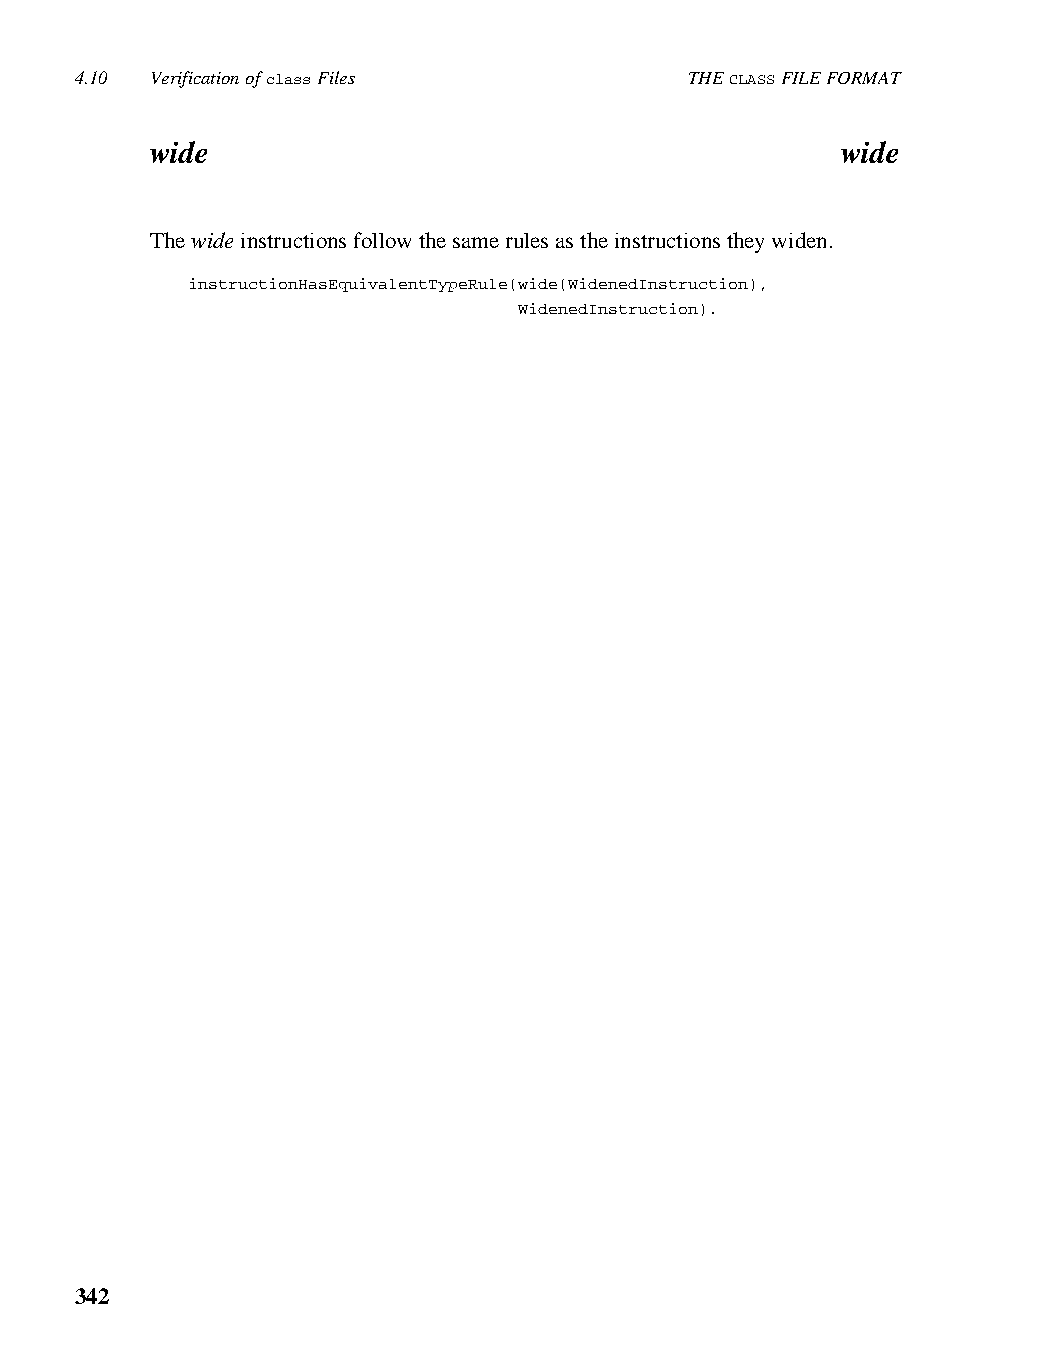
4.10 Verification of class Files         THE CLASS FILE FORMAT
 wide                                          wide
 The wide instructions follow the same rules as the instructions they widen.
 instructionHasEquivalentTypeRule(wide(WidenedInstruction),
 WidenedInstruction).
 342